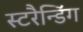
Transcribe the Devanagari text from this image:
स्टरैन्डिंग